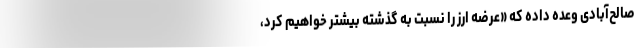
صالح‌آبادی وعده داده که «عرضه ارز را نسبت به گذشته بیشتر خواهیم کرد،